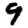
Digit: 9